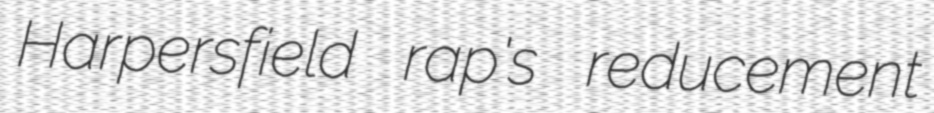
Harpersfield rap's reducement